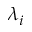
\lambda _ { i }